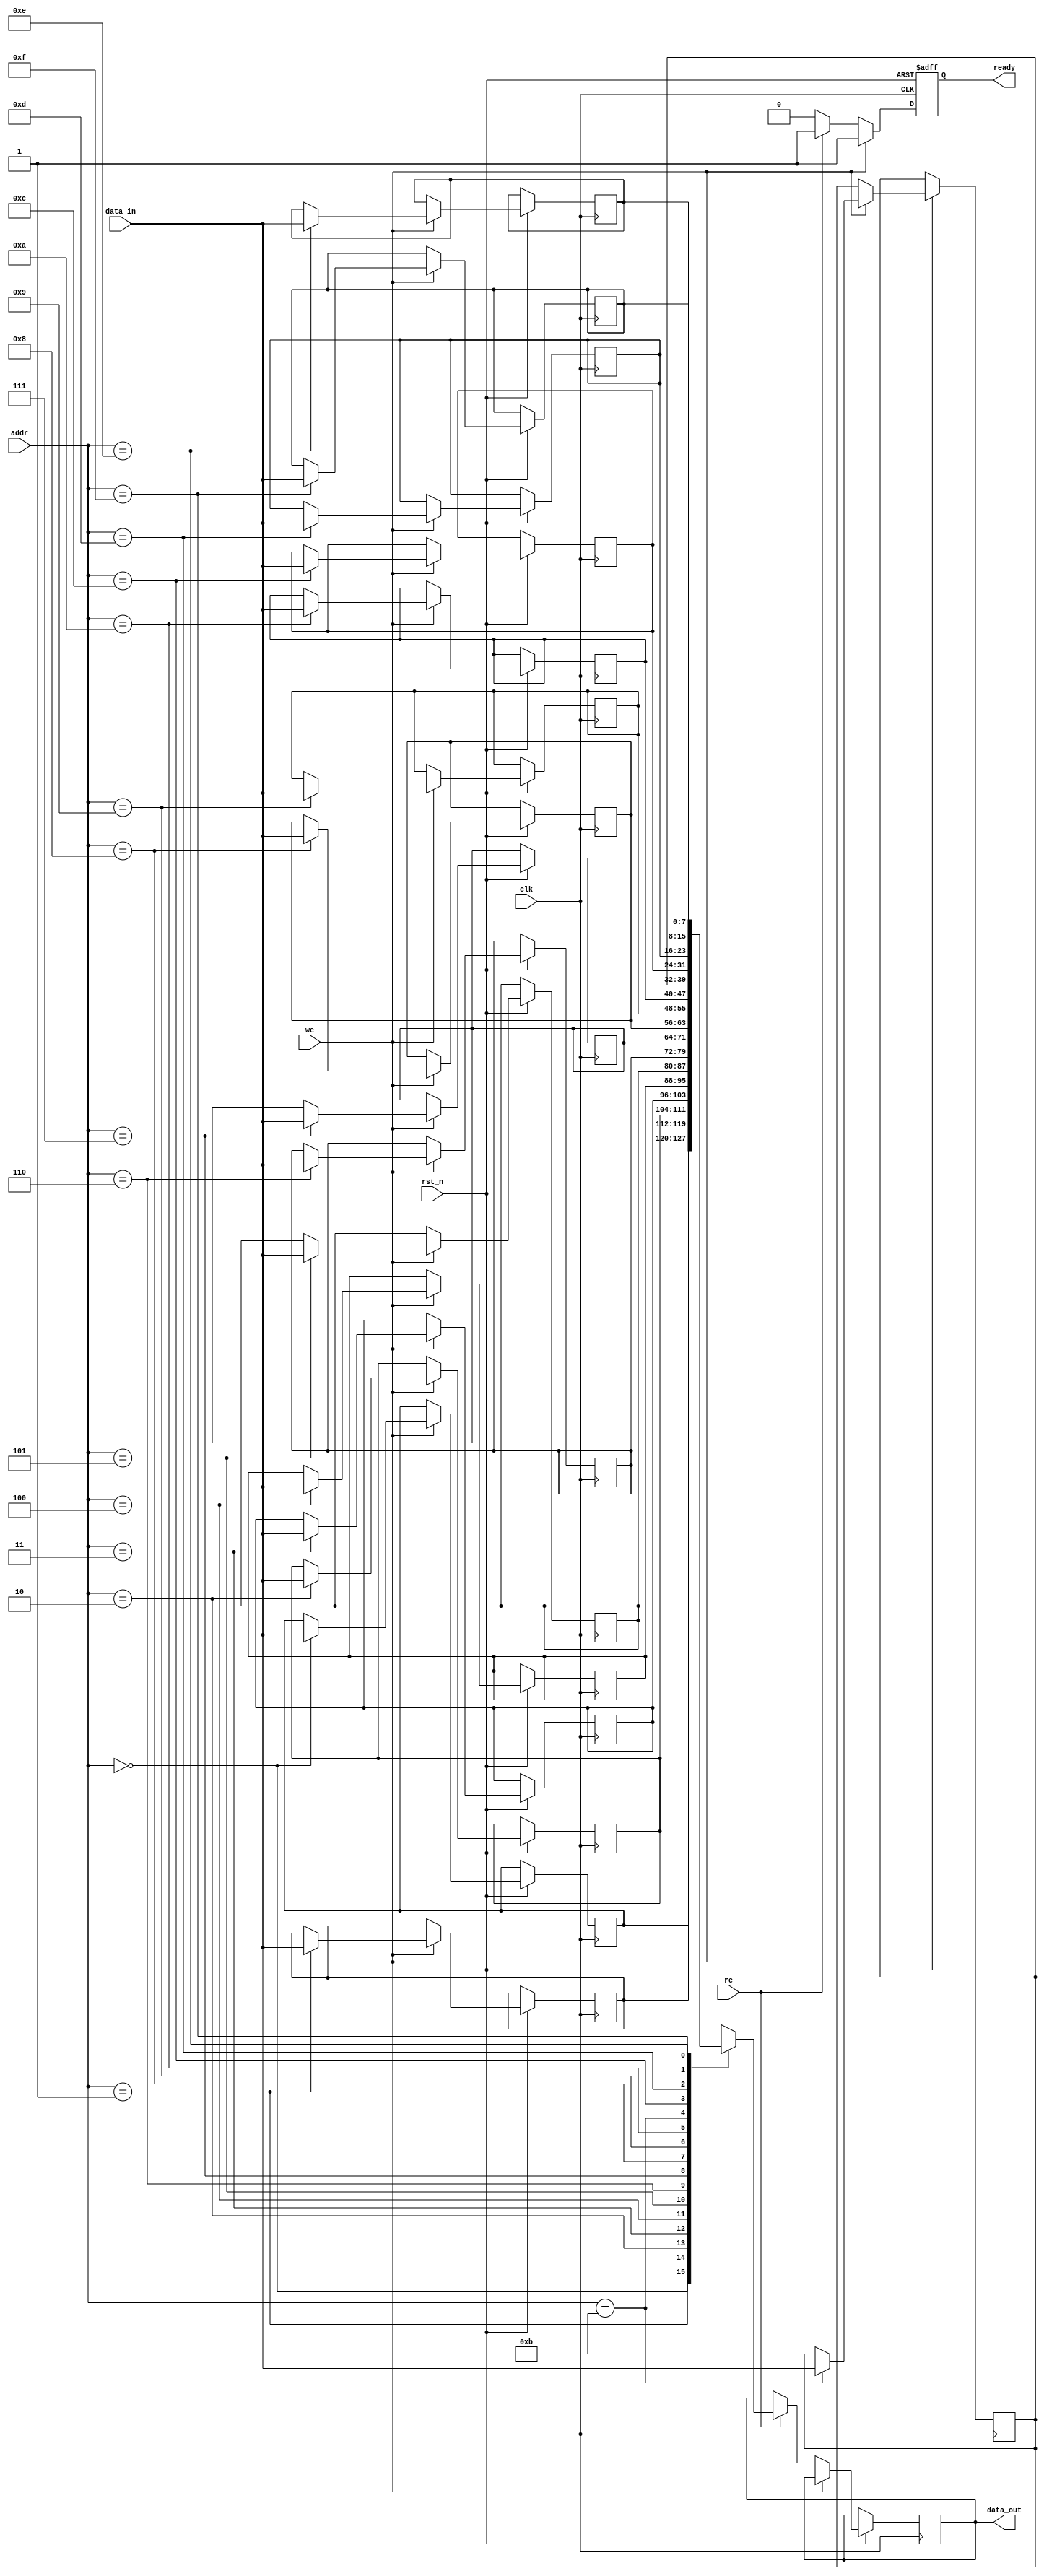
module low_power_sram #(
    parameter ADDR_WIDTH = 4,   // Address width (e.g., 4 bits for 16 words)
    parameter DATA_WIDTH = 8,    // Data width (e.g., 8 bits)
    parameter MEM_SIZE = 1 << ADDR_WIDTH // Memory size
)(
    input wire clk,
    input wire rst_n,
    input wire [ADDR_WIDTH-1:0] addr,
    input wire [DATA_WIDTH-1:0] data_in,
    input wire we,                // Write enable
    input wire re,                // Read enable
    output reg [DATA_WIDTH-1:0] data_out,
    output reg ready              // Ready signal for I/O
);

    // Memory array (6T SRAM cells)
    reg [DATA_WIDTH-1:0] mem [0:MEM_SIZE-1];

    // Control signals
    reg [DATA_WIDTH-1:0] read_data;
    reg [DATA_WIDTH-1:0] write_data;
    wire [DATA_WIDTH-1:0] sense_amp_out;

    // Sense amplifier (simple representation)
    always @(*) begin
        if (re) begin
            read_data = mem[addr];
        end else begin
            read_data = {DATA_WIDTH{1'bz}}; // High impedance when not reading
        end
    end

    // Write operation
    always @(posedge clk or negedge rst_n) begin
        if (!rst_n) begin
            // Reset logic if needed
            ready <= 1'b0;
        end else begin
            if (we) begin
                mem[addr] <= data_in; // Write data to memory
                ready <= 1'b1;        // Indicate operation is complete
            end else if (re) begin
                data_out <= read_data; // Read data from memory
                ready <= 1'b1;          // Indicate operation is complete
            end else begin
                ready <= 1'b0;          // No operation
            end
        end
    end

    // Sleep mode control (not implemented in this simple model)
    // This would typically involve additional logic to control power states

endmodule